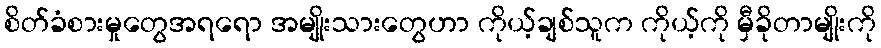
စိတ်ခံစားမှုတွေအရရော အမျိုးသားတွေဟာ ကိုယ့်ချစ်သူက ကိုယ့်ကို မှီခိုတာမျိုးကို